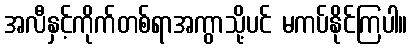
အလီနှင့်ကိုက်တစ်ရာအကွာသို့ပင် မကပ်နိုင်ကြပါ။